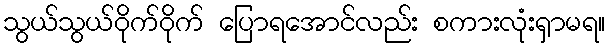
သွယ်သွယ်ဝိုက်ဝိုက် ပြောရအောင်လည်း စကားလုံးရှာမရ။